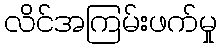
လိင်အကြမ်းဖက်မှု